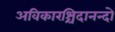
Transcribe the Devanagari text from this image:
अविकारश्चिदानन्दो